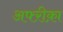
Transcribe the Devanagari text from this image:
अफ्ऱीक़ा